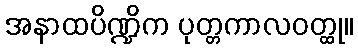
အနာထပိဏ္ဍိက ပုတ္တကာလဝတ္ထု။